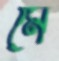
মে